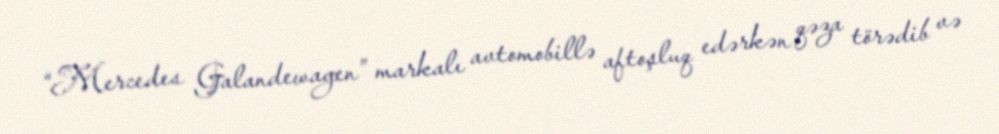
“Mercedes Galandewagen” markalı avtomobillə aftoşluq edərkən qəza törədib və